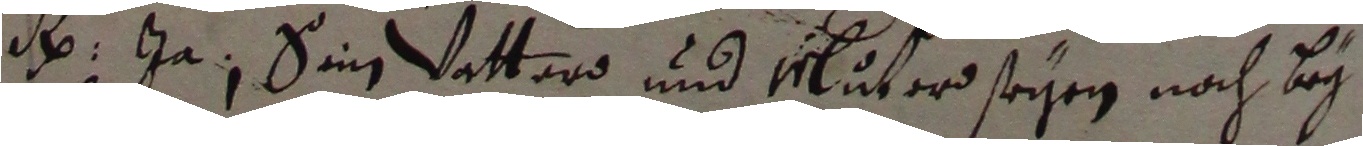
N ja. sein vatterd und muter segen nach bey